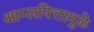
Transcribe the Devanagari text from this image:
आम्लपित्तामुळे